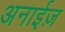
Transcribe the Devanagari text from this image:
अनाईज़